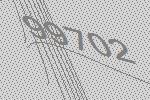
99702